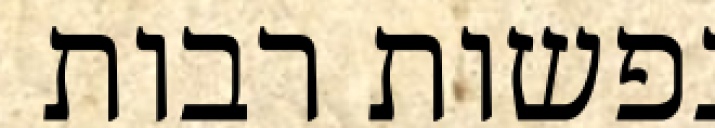
נפשות רבות